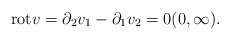
\begin{align*}\mathrm{rot} v = \partial_{2} v_{1} - \partial_{1} v_{2} = 0 (0, \infty).\end{align*}